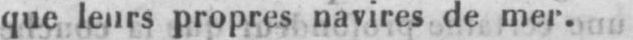
que leurs propres navires de mer.